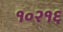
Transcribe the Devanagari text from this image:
१०२१६